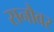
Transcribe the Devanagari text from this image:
सनौवर